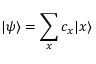
| \psi \rangle = \sum _ { x } c _ { x } | x \rangle